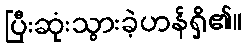
ပြီးဆုံးသွားခဲ့ဟန်ရှိ၏။